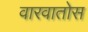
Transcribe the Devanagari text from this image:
वारवातोस